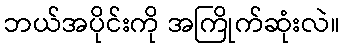
ဘယ်အပိုင်းကို အကြိုက်ဆုံးလဲ။